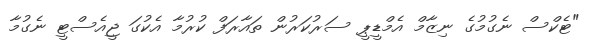
"ޓެކްސް ނެގުމުގެ ނިޒާމް އެމްޑީޕީ ސަރުކަރުން ތައާރަފް ކުރުމާ އެކުގަ ޖީއެސްޓީ ނެގުމާ